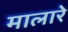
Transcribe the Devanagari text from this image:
मालारे